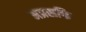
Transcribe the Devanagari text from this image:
अप्रसक्ति